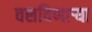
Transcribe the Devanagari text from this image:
वसविणार्‍या